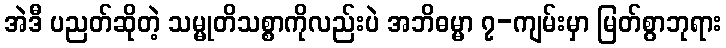
အဲဒီ ပညတ်ဆိုတဲ့ သမ္မုတိသစ္စာကိုလည်းပဲ အဘိဓမ္မာ ၇-ကျမ်းမှာ မြတ်စွာဘုရား